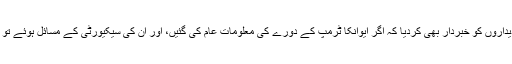
ساتھ ہی امریکی حکام نے بھارتی عہدیداروں کو خبردار بھی کردیا کہ اگر ایوانکا ٹرمپ کے دورے کی معلومات عام کی گئیں، اور ان کی سیکیورٹی کے مسائل ہوئے تو ان کا دورہ ملتوی بھی کیا جاسکتا ہے۔